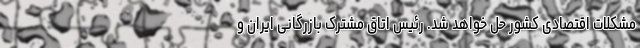
مشکلات اقتصادی کشور حل خواهد شد. رئیس اتاق مشترک بازرگانی ایران و